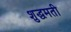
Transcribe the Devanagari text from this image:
शुद्धमती